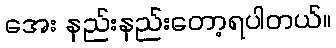
အေး နည်းနည်းတော့ရပါတယ်။